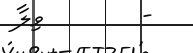
-        ވިލާ